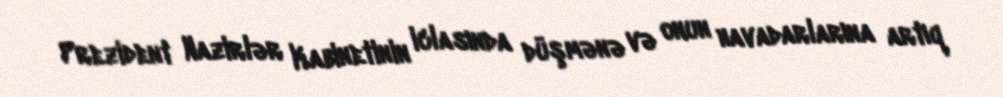
Prezident Nazirlər Kabinetinin iclasında düşmənə və onun havadarlarına artıq